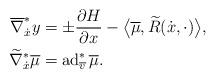
LaTeX: \begin{align*} \overline{ \nabla } _{ \dot{x} } ^\ast y &= \pm \frac{ \partial H }{ \partial x } - \bigl\langle \overline{ \mu } , \widetilde{ R } ( \dot{x}, \cdot ) \bigr\rangle ,\\ \widetilde{ \nabla } _{ \dot{x} } ^\ast \overline{ \mu } &= \operatorname{ad} ^\ast _{ \overline{ v } } \overline{ \mu } .\end{align*}